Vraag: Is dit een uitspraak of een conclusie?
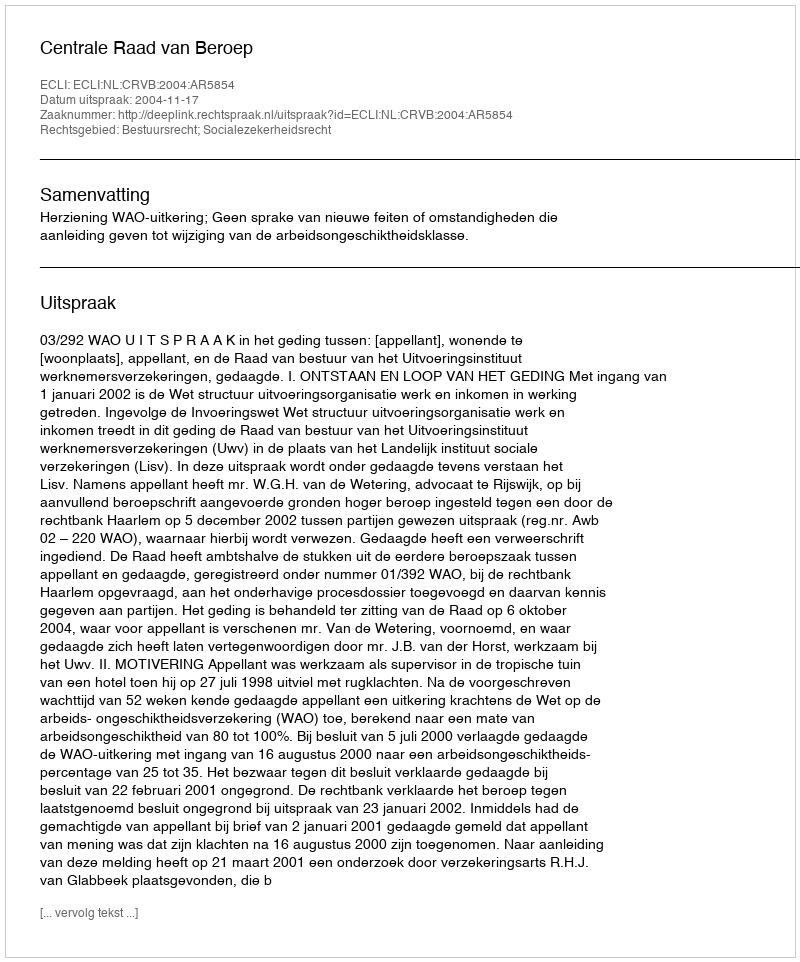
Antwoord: Uitspraak